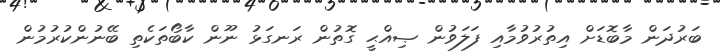
ބަރުދަން މާބޮޑަށް އިތުރުވުމާއި ފަލަވުން ޞިއްޙީ ގޮތުން ރަނގަޅު ނޫން ކާބޯތަކެތި ބޭނުންކުރުމުން